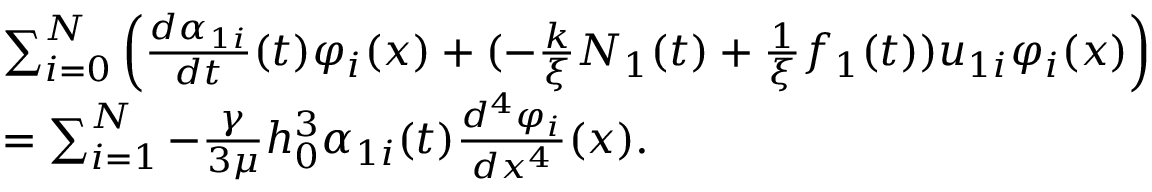
\begin{array} { r l } & { \sum _ { i = 0 } ^ { N } \left( \frac { d \alpha _ { 1 i } } { d t } ( t ) \varphi _ { i } ( x ) + ( - \frac { k } { \xi } N _ { 1 } ( t ) + \frac { 1 } { \xi } f _ { 1 } ( t ) ) u _ { 1 i } \varphi _ { i } ( x ) \right) } \\ & { = \sum _ { i = 1 } ^ { N } - \frac { \gamma } { 3 \mu } h _ { 0 } ^ { 3 } \alpha _ { 1 i } ( t ) \frac { d ^ { 4 } \varphi _ { i } } { d x ^ { 4 } } ( x ) . } \end{array}